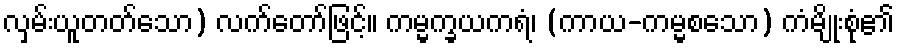
လှမ်းယူတတ်သော) လက်တော်ဖြင့်။ ကမ္မက္ခယကရံ၊ (ကာယ-ကမ္မစသော) ကံမျိုးစုံ၏